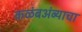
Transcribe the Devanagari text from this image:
कळंबअंब्याचा